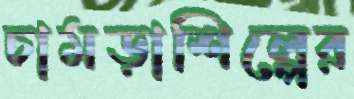
চামড়াশিল্পের